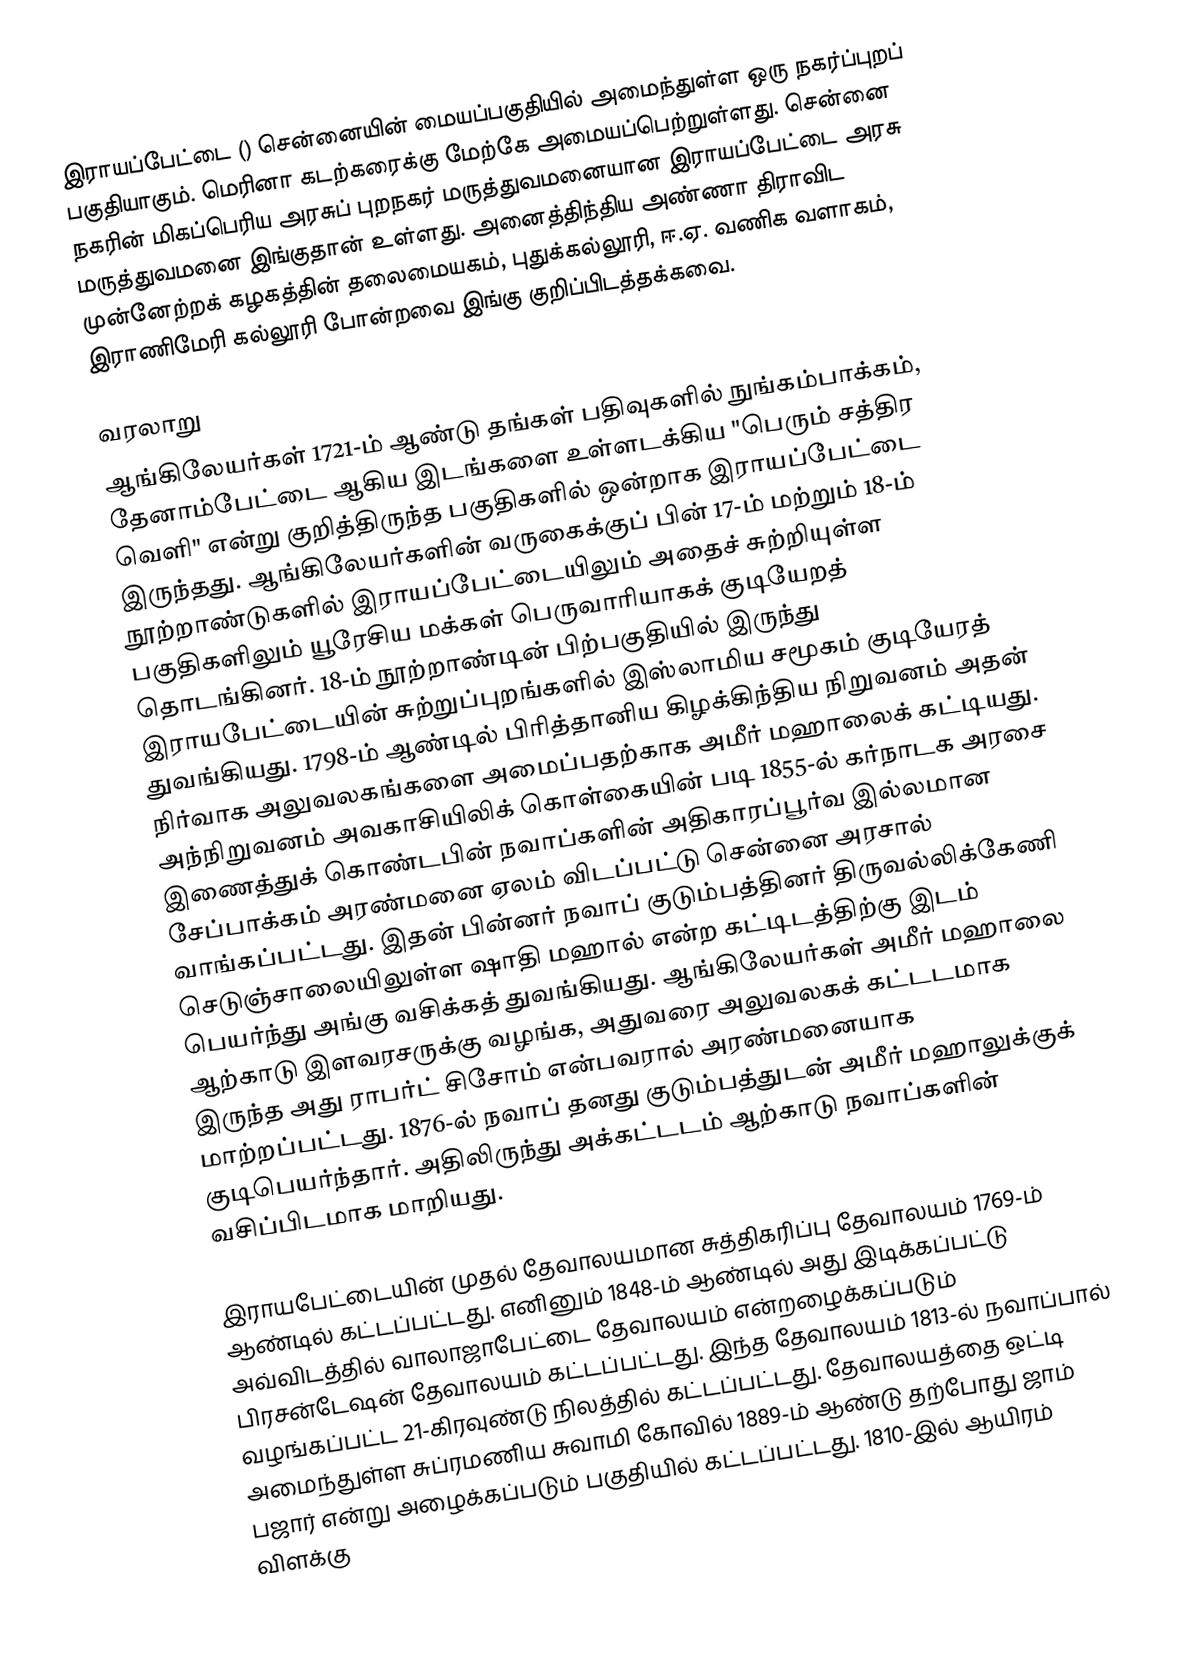
இராயப்பேட்டை () சென்னையின் மையப்பகுதியில் அமைந்துள்ள ஒரு நகர்ப்புறப் பகுதியாகும். மெரினா கடற்கரைக்கு மேற்கே அமையப்பெற்றுள்ளது. சென்னை நகரின் மிகப்பெரிய அரசுப் புறநகர் மருத்துவமனையான இராயப்பேட்டை அரசு மருத்துவமனை இங்குதான் உள்ளது. அனைத்திந்திய அண்ணா திராவிட முன்னேற்றக் கழகத்தின் தலைமையகம், புதுக்கல்லூரி, ஈ.ஏ. வணிக வளாகம், இராணிமேரி கல்லூரி போன்றவை இங்கு குறிப்பிடத்தக்கவை.

வரலாறு
ஆங்கிலேயர்கள் 1721-ம் ஆண்டு தங்கள் பதிவுகளில் நுங்கம்பாக்கம், தேனாம்பேட்டை ஆகிய இடங்களை உள்ளடக்கிய "பெரும் சத்திர வெளி" என்று குறித்திருந்த பகுதிகளில் ஒன்றாக இராயப்பேட்டை இருந்தது. ஆங்கிலேயர்களின் வருகைக்குப் பின் 17-ம் மற்றும் 18-ம் நூற்றாண்டுகளில் இராயப்பேட்டையிலும் அதைச் சுற்றியுள்ள பகுதிகளிலும் யூரேசிய மக்கள் பெருவாரியாகக் குடியேறத் தொடங்கினர். 18-ம் நூற்றாண்டின் பிற்பகுதியில் இருந்து இராயபேட்டையின் சுற்றுப்புறங்களில் இஸ்லாமிய சமூகம் குடியேரத் துவங்கியது. 1798-ம் ஆண்டில் பிரித்தானிய கிழக்கிந்திய நிறுவனம் அதன் நிர்வாக அலுவலகங்களை அமைப்பதற்காக அமீர் மஹாலைக் கட்டியது. அந்நிறுவனம் அவகாசியிலிக் கொள்கையின் படி 1855-ல் கர்நாடக அரசை இணைத்துக் கொண்டபின் நவாப்களின் அதிகாரப்பூர்வ இல்லமான சேப்பாக்கம் அரண்மனை ஏலம் விடப்பட்டு சென்னை அரசால் வாங்கப்பட்டது. இதன் பின்னர் நவாப் குடும்பத்தினர் திருவல்லிக்கேணி செடுஞ்சாலையிலுள்ள ஷாதி மஹால் என்ற கட்டிடத்திற்கு இடம் பெயர்ந்து அங்கு வசிக்கத் துவங்கியது. ஆங்கிலேயர்கள் அமீர் மஹாலை ஆற்காடு இளவரசருக்கு வழங்க, அதுவரை அலுவலகக் கட்டடமாக இருந்த அது ராபர்ட் சிசோம் என்பவரால் அரண்மனையாக மாற்றப்பட்டது. 1876-ல் நவாப் தனது குடும்பத்துடன் அமீர் மஹாலுக்குக் குடிபெயர்ந்தார். அதிலிருந்து அக்கட்டடம் ஆற்காடு நவாப்களின் வசிப்பிடமாக மாறியது.

இராயபேட்டையின் முதல் தேவாலயமான சுத்திகரிப்பு தேவாலயம் 1769-ம் ஆண்டில் கட்டப்பட்டது. எனினும் 1848-ம் ஆண்டில் அது இடிக்கப்பட்டு அவ்விடத்தில் வாலாஜாபேட்டை தேவாலயம் என்றழைக்கப்படும் பிரசன்டேஷன் தேவாலயம் கட்டப்பட்டது. இந்த தேவாலயம் 1813-ல் நவாப்பால் வழங்கப்பட்ட 21-கிரவுண்டு நிலத்தில் கட்டப்பட்டது. தேவாலயத்தை ஒட்டி அமைந்துள்ள சுப்ரமணிய சுவாமி கோவில் 1889-ம் ஆண்டு தற்போது ஜாம் பஜார் என்று அழைக்கப்படும் பகுதியில் கட்டப்பட்டது. 1810-இல் ஆயிரம் விளக்கு